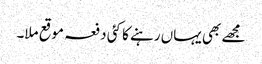
مجھے بھی یہاں رہنے کا کئی دفعہ موقع ملا۔